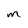
Character: m